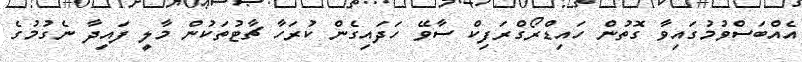
އެއްބަސްވުމުގައިވާ ގޮތުން ހައިޑްރޯގްރަފިކް ސާވޭ ހަދައިގެން ކުރަހާ ޗާޓުތަކުން މާލީ ފައިދާ ނެގުމުގެ